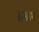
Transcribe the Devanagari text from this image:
इन्ग्राम